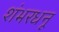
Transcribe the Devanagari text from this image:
शंभरधनू